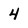
Character: 4